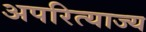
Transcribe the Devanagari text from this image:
अपरित्याज्य